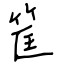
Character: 筐